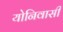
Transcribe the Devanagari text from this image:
योनिवासी